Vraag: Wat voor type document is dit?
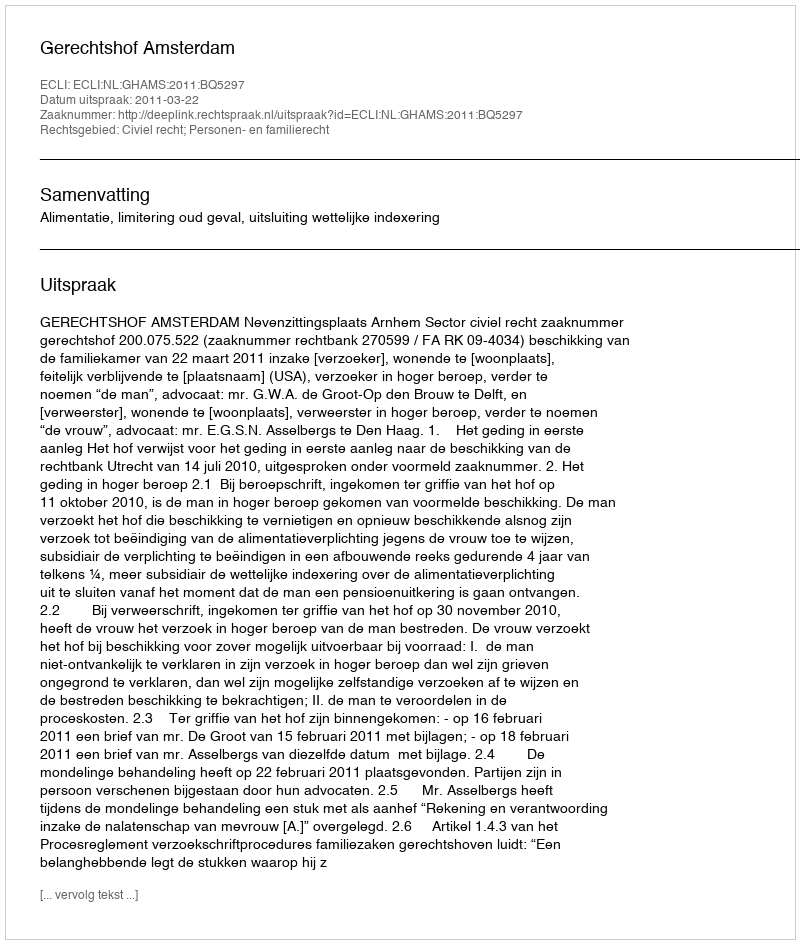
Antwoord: Uitspraak